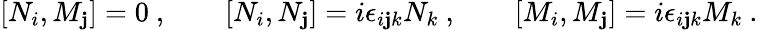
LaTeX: [N_{i},M_{\mathbf{j}}]=0\ ,\qquad[N_{i},N_{\mathbf{j}}]=i\epsilon_{i\mathbf{j}k}N_{k}\ ,\qquad[M_{i},M_{\mathbf{j}}]=i\epsilon_{i\mathbf{j}k}M_{k}\ .